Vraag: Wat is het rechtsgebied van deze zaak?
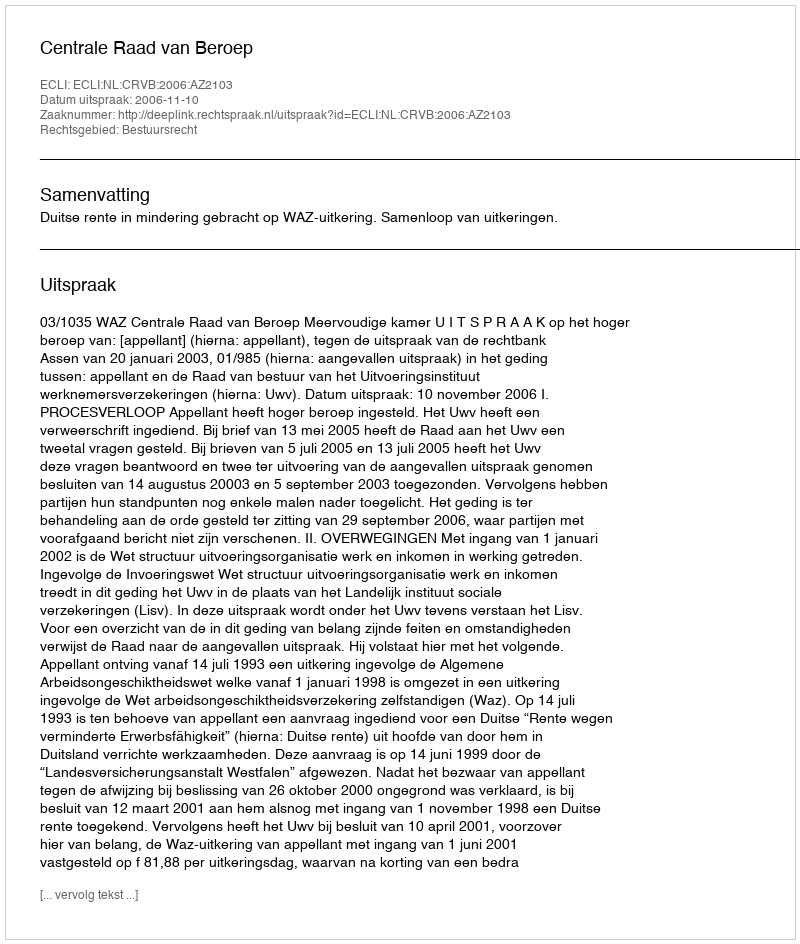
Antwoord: Bestuursrecht